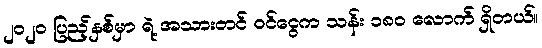
၂၀၂၀ ပြည့်နှစ်မှာ ရဲ့ အသားတင် ဝင်ငွေက သန်း ၁၈၀ လောက် ရှိတယ်။